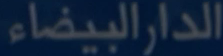
الدار البيضاء